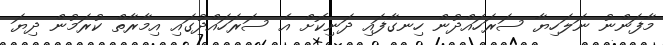
މާފަންނު ނަލަހިޔާ ސަރަހައްދުން ހިނގާފައި ދަނިކޮށް އެ ސަރަހައްދުގައި އިމާރާތް ކުރަމުން ދިޔަ